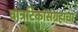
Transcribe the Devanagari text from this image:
वात्रटिकासंग्रहांचा